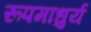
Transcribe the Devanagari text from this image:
रूपमाधुर्य